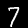
Label: 7